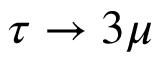
\tau \to 3 \mu